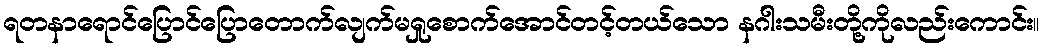
ရတနာရောင်ပြောင်ပြောတောက်လျက်မရှုစောက်အောင်တင့်တယ်သော နဂါးသမီးတို့ကိုလည်းကောင်း။